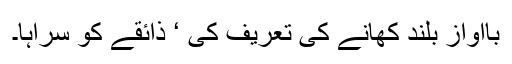
باآواز بلند کھانے کی تعریف کی ‘ ذائقے کو سراہا۔